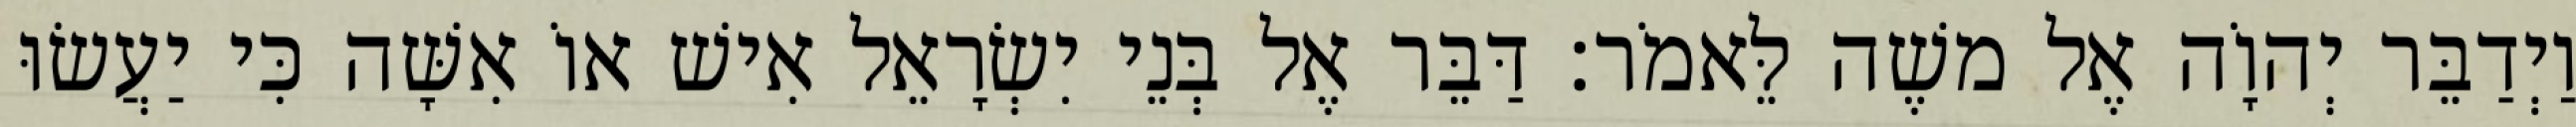
וַיְדַבֵּר יְהוָֹה אֶל משֶׁה לֵּאמֹר׃ דַּבֵּר אֶל בְּנֵי יִשְׂרָאֵל אִישׁ אוֹ אִשָּׁה כִּי יַעֲשׂוּ